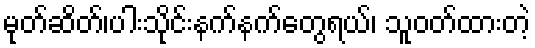
မုတ်ဆိတ်၊ပါးသိုင်းနက်နက်တွေရယ်၊ သူဝတ်ထားတဲ့